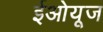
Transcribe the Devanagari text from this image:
ईओयूज